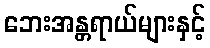
ဘေးအန္တရာယ်များနှင့်